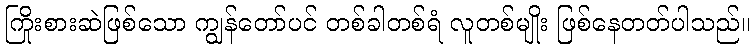
ကြိုးစားဆဲဖြစ်သော ကျွန်တော်ပင် တစ်ခါတစ်ရံ လူတစ်မျိုး ဖြစ်နေတတ်ပါသည်။